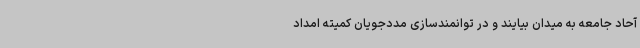
آحاد جامعه به میدان بیایند و در توانمندسازی مددجویان کمیته امداد